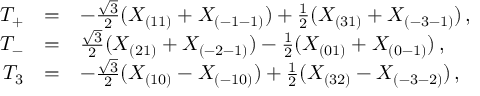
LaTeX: \begin{array} { r c l } { { T _ { + } } } & { { = } } & { { - { \frac { \sqrt 3 } { 2 } } ( X _ { ( 1 1 ) } + X _ { ( - 1 - 1 ) } ) + { \frac { 1 } { 2 } } ( X _ { ( 3 1 ) } + X _ { ( - 3 - 1 ) } ) \, , } } \\ { { T _ { - } } } & { { = } } & { { { \frac { \sqrt 3 } { 2 } } ( X _ { ( 2 1 ) } + X _ { ( - 2 - 1 ) } ) - { \frac { 1 } { 2 } } ( X _ { ( 0 1 ) } + X _ { ( 0 - 1 ) } ) \, , } } \\ { { T _ { 3 } } } & { { = } } & { { - { \frac { \sqrt { 3 } } { 2 } } ( X _ { ( 1 0 ) } - X _ { ( - 1 0 ) } ) + { \frac { 1 } { 2 } } ( X _ { ( 3 2 ) } - X _ { ( - 3 - 2 ) } ) \, , } } \end{array}